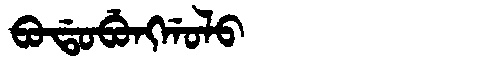
Manchu: ᠪᠣᡩᠣᠪᡠᠩᡤᠣᠯᠣ
Romanization: BODOBUNGGOLO